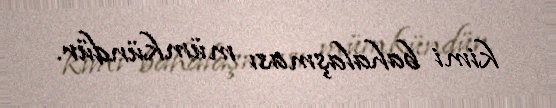
kimi bahalaşması mümkündür.